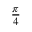
\scriptstyle { \frac { \pi } { 4 } }